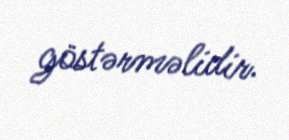
göstərməlidir.